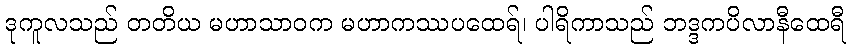
ဒုကူလသည် တတိယ မဟာသာဝက မဟာကဿပထေရ်၊ ပါရိကာသည် ဘဒ္ဒကပိလာနီထေရီ